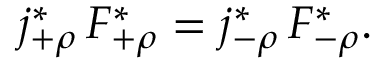
j _ { + \rho } ^ { \ast } \, F _ { + \rho } ^ { \ast } = j _ { - \rho } ^ { \ast } \, F _ { - \rho } ^ { \ast } .